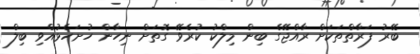
ބޭރު ފަރާތްތަކަށް ރާއްޖޭގެ ބިން މިލްކު ކުރެވޭ ގޮތަށް ނިހާން ހުށަހެޅުއްވި ބިލް